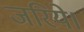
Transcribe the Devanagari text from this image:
जरिये।